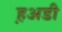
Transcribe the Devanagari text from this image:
ह़अडी